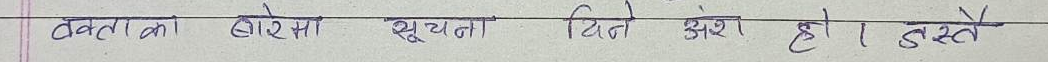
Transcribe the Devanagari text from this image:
वक्ताको ठोस सूचना दिने अंश हो । जस्तै